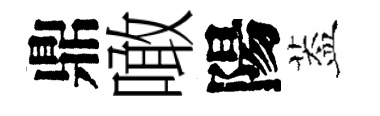
鼎噉陽葢